Annual report on the working of the mental hospitals in the Madras Presidency - 1912-1932
Year: 1912
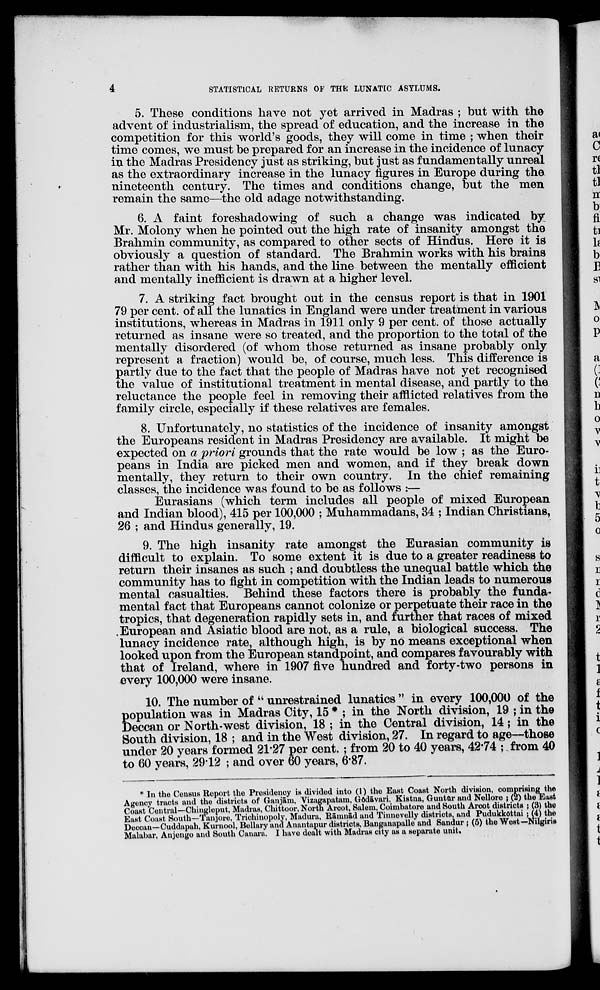
4
STATISTICAL RETURNS OF THE LUNATIC ASYLUMS.
5. These conditions have not yet arrived in Madras ; but with the
advent of industrialism, the spread of education, and the increase in the
competition for this world's goods, they will come in time ; when their
time comes, we must be prepared for an increase in the incidence of lunacy
in the Madras Presidency just as striking, but just as fundamentally unreal
as the extraordinary increase in the lunacy figures in Europe during the
nineteenth century. The times and conditions change, but the men
remain the same—the old adage notwithstanding.
6. A faint foreshadowing of such a change was indicated by
Mr. Molony when he pointed out the high rate of insanity amongst the
Brahmin community, as compared to other sects of Hindus. Here it is
obviously a question of standard. The Brahmin works with his brains
rather than with his hands, and the line between the mentally efficient
and mentally inefficient is drawn at a higher' level.
7. A striking fact brought out in the census report is that in 1901
79 per cent. of all the lunatics in England were under treatment in various
institutions, whereas in Madras in 1911 only 9 per cent. of those actually
returned as insane were so treated, and the proportion to the total of the
mentally disordered (of whom those returned as insane probably only
represent a fraction) would be, of course, much less. This difference is
partly due to the fact that the people of Madras have not yet recognised
the value of institutional treatment in mental disease, and partly to the
reluctance the people feel in removing their afflicted relatives from the
family circle, especially if these relatives are females.
8. Unfortunately, no statistics of the incidence of insanity amongst
the Europeans resident in Madras Presidency are available. It might be
expected on a priori grounds that the rate would be low ; as the Euro
peans in India are picked men and women, and if they break down
mentally, they return to their own country. In the chief remaining
classes, the incidence was found to be as follows :—
Eurasians (which term includes all people of mixed European
and Indian blood), 415 per 100,000 ; Muhammadans, 34 ; Indian Christians,
26 ; and Hindus generally, 19.
9. The high insanity rate amongst the Eurasian community is
difficult to explain. To some extent it is due to a greater readiness to
return their insanes as such ; and doubtless the unequal battle which the
community has to fight in competition with the Indian leads to numerous
mental casualties. Behind these factors there is probably the funda
mental fact that Europeans cannot colonize or perpetuate their race in the
tropics, that degeneration rapidly sets in, and further that races of mixed
European and Asiatic blood are not, as a rule, a biological success. The
lunacy incidence rate, although high, is by no means exceptional when
looked upon from the European standpoint, and compares favourably with
that of Ireland, where in 1907 five hundred and forty-two persons in
every 100,000 were insane.
10. The number of " unrestrained lunatics " in every 100,000 of the
population was in Madras City, 15 * ; in the North division, 19 ; in the
Deccan or North-west division, 18 ; in the Central division, 14; in the
South division, 18 ; and in the West division, 27. In regard to age—those
under 20 years formed 21.27 per cent. ; from 20 to 40 years, 42.74 ; from 40
to 60 years, 29.12 ; and over 60 years, 6.87.
* In the Census Report the Presidency is divided into (1) the East Coast North division, comprising the
Agency tracts and the districts of Ganjām, Vizagapatam, Godāvari, Krishna, Guntur and Nellore ; (2) the East
Coast Central—Chingleput, Madras, Chittoor, North Arcot, Salem, Coimbatore and South Arcot districts ; (3) the
East Coast South—Tanjore, Trichinopoly, Madura, Rāmnād and Tinnevelly districts, and Pudukkottai ; (4) the
Deccan—Cuddapah, Kurnool, Bellary and Anantapur districts, Banganapalle and Sandur ; (5) the West—Nilgiris
Malabar, Anjengo and South Canara. I have dealt with Madras city as a separate unit.